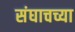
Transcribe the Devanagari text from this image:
संघाचच्या